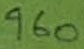
Text: 960